Problem: 2 × 6 = ?
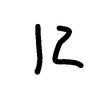
Handwritten answer: 12